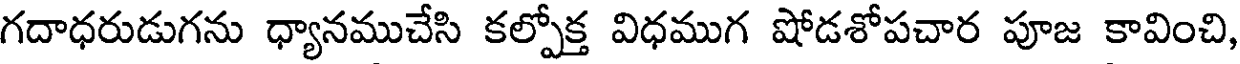
గదాధరుడుగను ధ్యానముచేసి కల్పోక్త విధముగ షోడశోపచార పూజ కావించి,